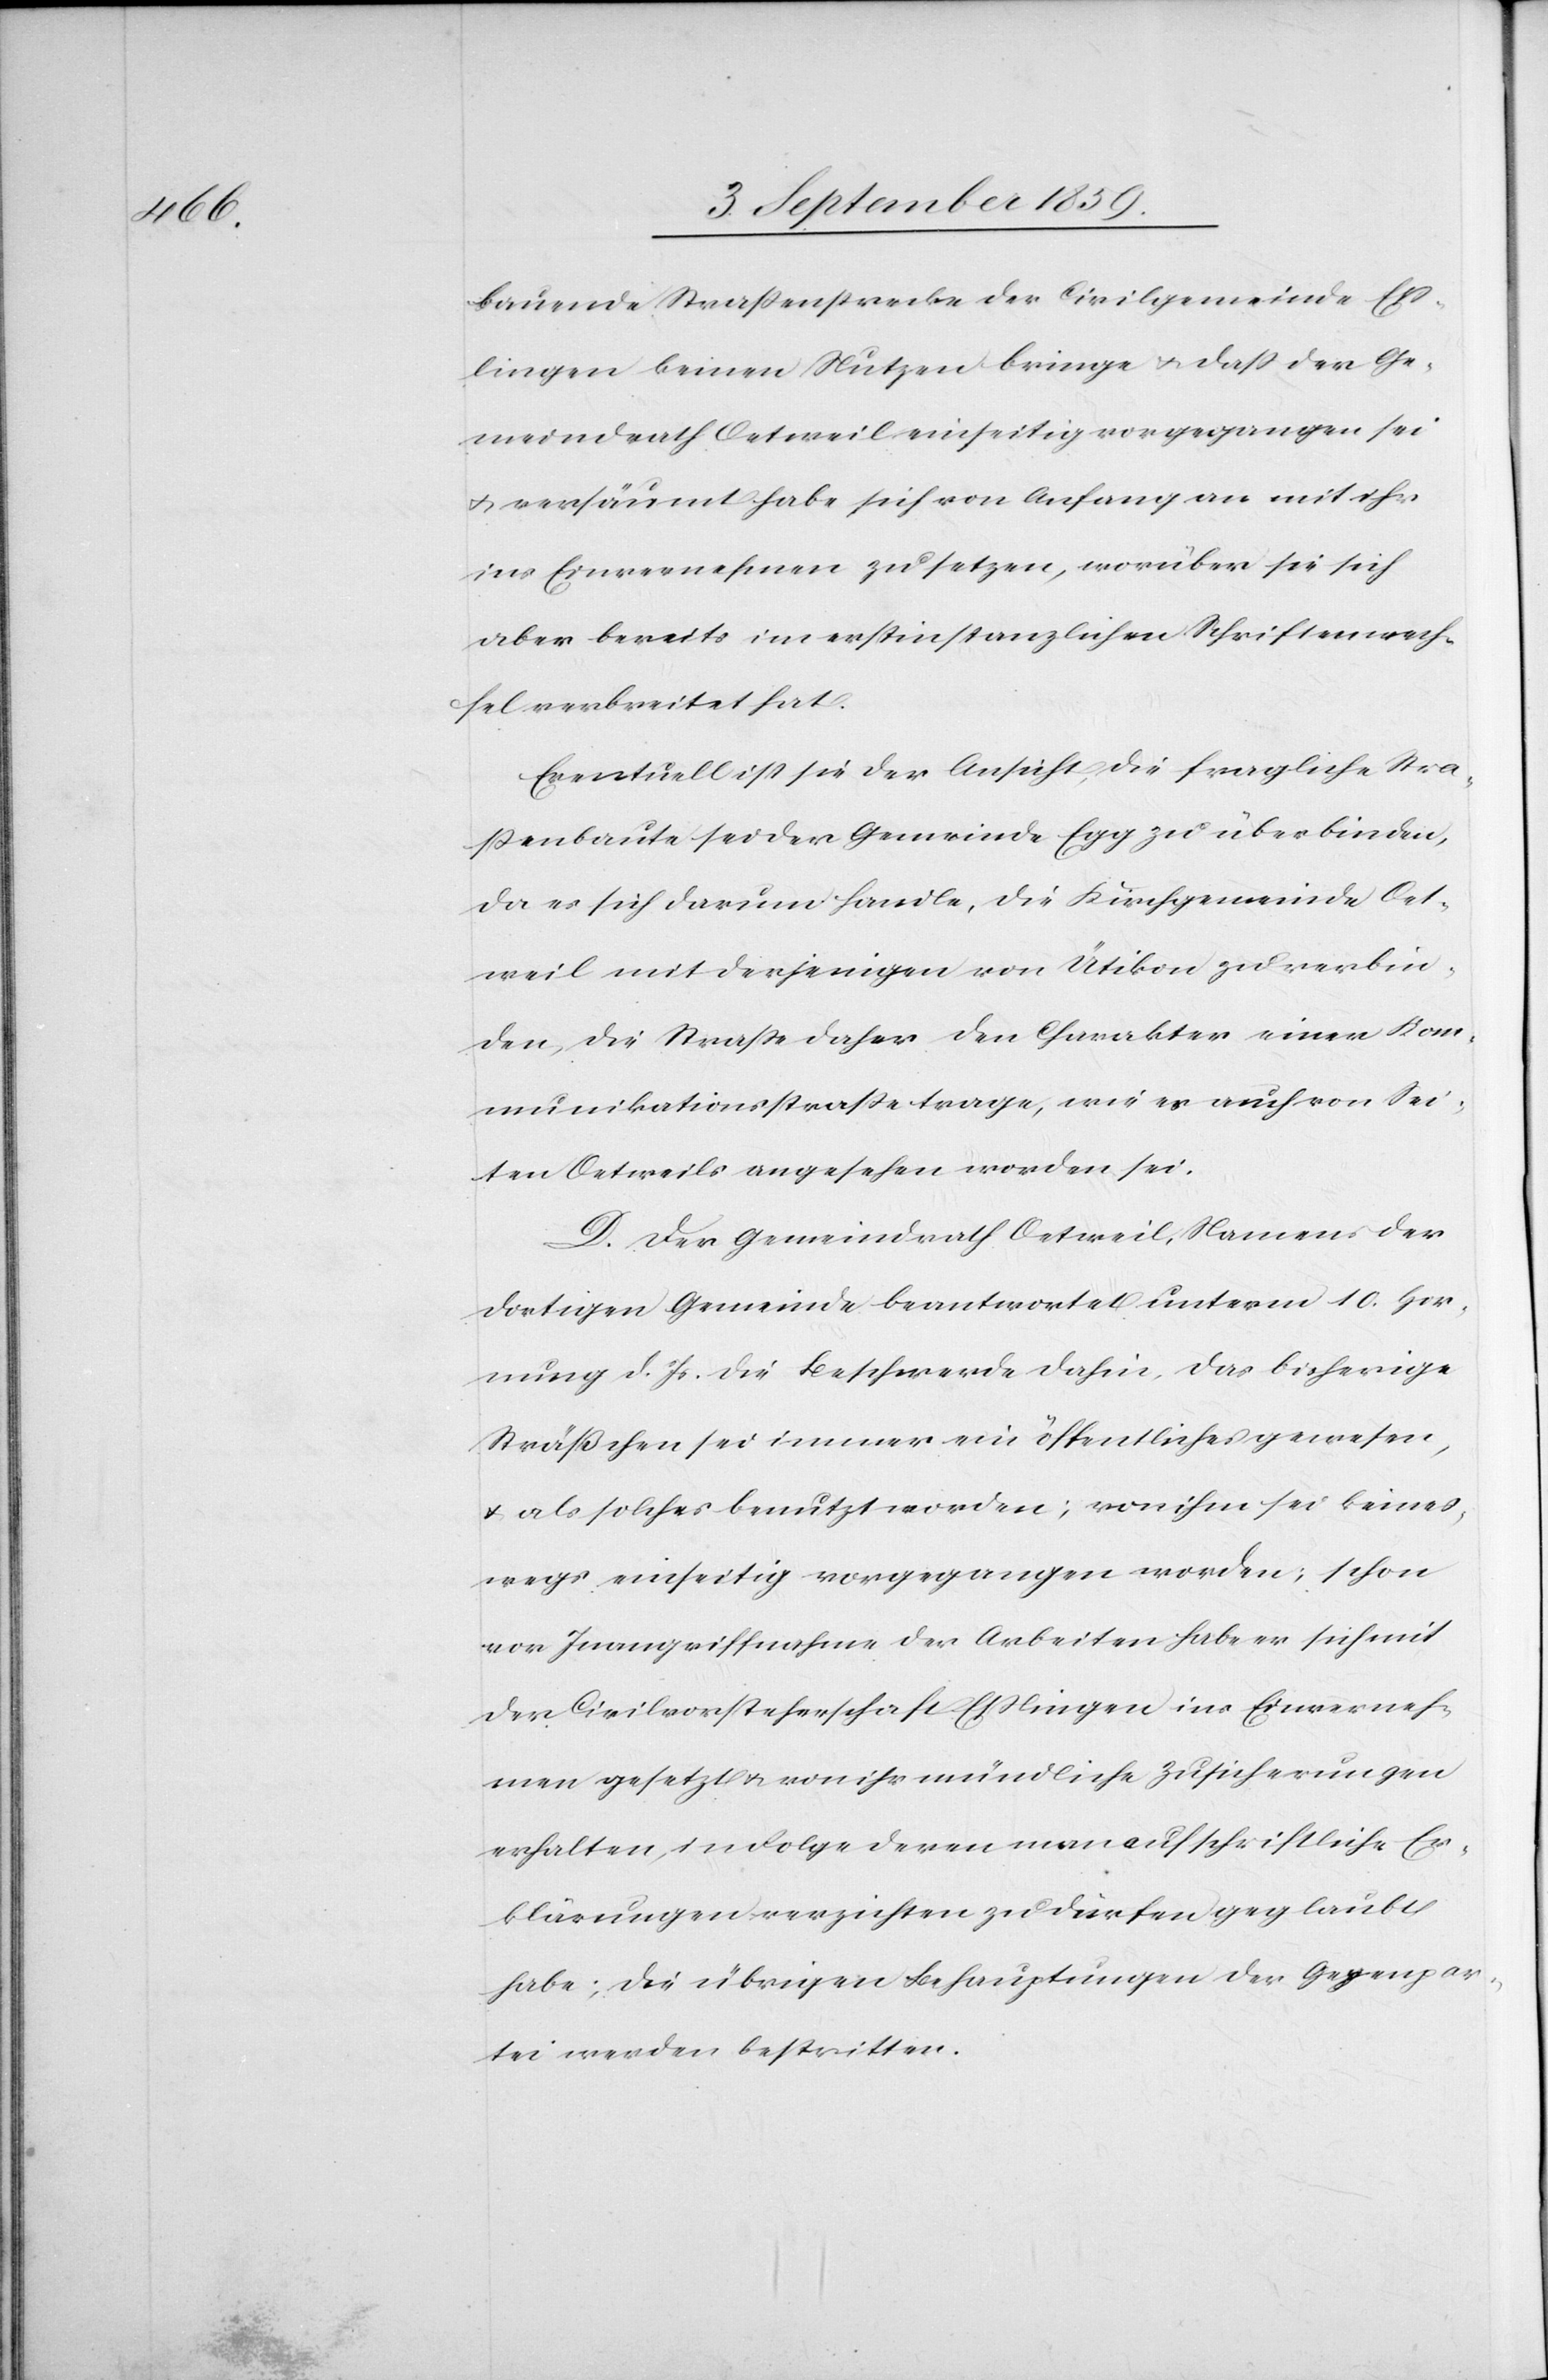
bauende Straßenstrecke der Civilgemeinde Eß¬
lingen keinen Nutzen bringe & daß der Ge¬
meindrath Oetweil einseitig vorgegangen sei
& versäumt habe sich von Anfang an mit ihr
ins Einvernehmen zu setzen, worüber sie sich
aber bereits im erstinstanzlichen Schriftenwech¬
sel verbreitet hat.
Eventuell ist sie der Ansicht, die fragliche Stra¬
ßenbaute sei der Gemeinde Egg zu überbinden,
da es sich darum handle, die Kirchgemeinde Oet¬
weil mit derjenigen von Ütikon [sic!] zu verbin¬
den, die Straße daher den Charakter einer Kom¬
munikationsstraße trage, wie es auch von Sei¬
ten Oetweils angesehen worden sei.
D. Der Gemeindrath Oetweil, Namens der
dortigen Gemeinde beantwortet unterm 10. Hor¬
nung d. Js. die Beschwerde dahin, das bisherige
Sträßchen sei immer ein öffentliches gewesen,
& als solches benutzt worden; von ihm sei keines¬
wegs einseitig vorgegangen worden, schon
vor Inangriffnahme der Arbeiten habe er sich mit
der Civilvorsteherschaft Eßlingen ins Einverneh¬
men gesetzt & von ihr mündliche Zusicherungen
erhalten, in Folge deren man auf schriftliche Er¬
klärungen verzichten zu dürfen geglaubt
habe; die übrigen Behauptungen der Gegenpar¬
tei werden bestritten.